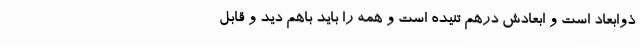
ذوابعاد است و ابعادش درهم تنیده است و همه را باید باهم دید و قابل